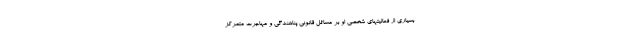
بسیاری از فعالیتهای شخصی او بر مسائل قانونی پناهندگی و مهاجرت متمرکز